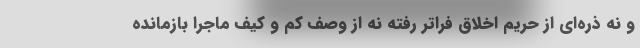
و نه ذره‌ای از حریم اخلاق فراتر رفته نه از وصف کم و کیف ماجرا بازمانده